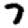
Digit: 7